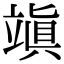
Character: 𥪧